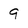
Character: 9